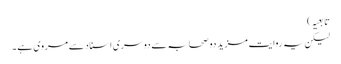
تابعیہ )
لیکن یہ روایت مزید دو صحابہ سے دوسری اسناد سے مروی ہے ۔